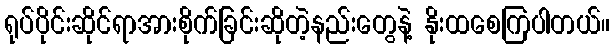
ရုပ်ပိုင်းဆိုင်ရာအားစိုက်ခြင်းဆိုတဲ့နည်းတွေနဲ့ နိုးထစေကြပါတယ်။